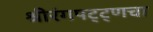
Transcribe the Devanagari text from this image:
श्रीरंगपट्ट्णचा